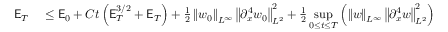
\begin{array} { r l } { \mathsf { E } _ { T } } & { { } \leq \mathsf { E } _ { 0 } + C t \left( \mathsf { E } _ { T } ^ { 3 / 2 } + \mathsf { E } _ { T } \right) + \frac { 1 } { 2 } \left\| w _ { 0 } \right\| _ { L ^ { \infty } } \left\| \partial _ { x } ^ { 4 } w _ { 0 } \right\| _ { L ^ { 2 } } ^ { 2 } + \frac { 1 } { 2 } \displaystyle \operatorname* { s u p } _ { 0 \leq t \leq T } \left( \left\| w \right\| _ { L ^ { \infty } } \left\| \partial _ { x } ^ { 4 } w \right\| _ { L ^ { 2 } } ^ { 2 } \right) } \end{array}